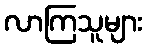
လာကြသူများ